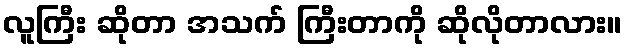
လူကြီး ဆိုတာ အသက် ကြီးတာကို ဆိုလိုတာလား။